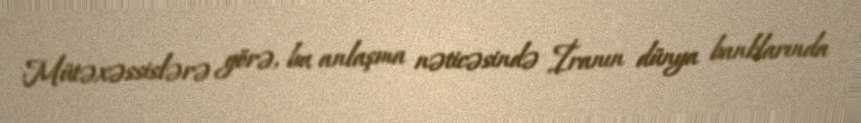
Mütəxəssislərə görə, bu anlaşma nəticəsində İranın dünya banklarında